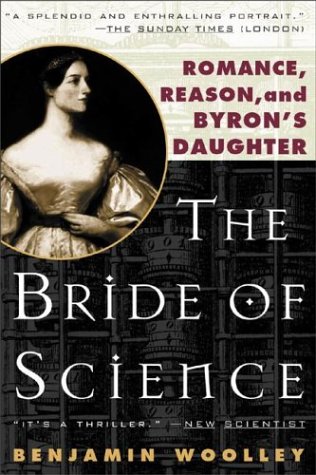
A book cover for The Bride of Science: Romance, Reason, and Byron's Daughter; Benjamin Woolley; Science & Math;